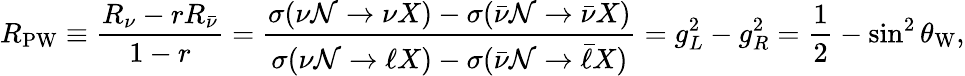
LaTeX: R_{\mathrm{PW}}\equiv\frac{R_{\nu}-rR_{\bar{\nu}}}{1-r}=\frac{\sigma(\nu{\cal N}\to\nu X)-\sigma(\bar{\nu}{\cal N}\to\bar{\nu}X)}{\sigma(\nu{\cal N}\to\ell X)-\sigma(\bar{\nu}{\cal N}\to\bar{\ell}X)}=g_{L}^{2}-g_{R}^{2}=\frac{1}{2}-\sin^{2}\theta_{\mathrm{W}},